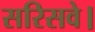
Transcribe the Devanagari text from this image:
सरिसवे।